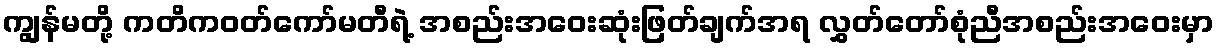
ကျွန်မတို့ ကတိကဝတ်ကော်မတီရဲ့ အစည်းအဝေးဆုံးဖြတ်ချက်အရ လွှတ်တော်စုံညီအစည်းအဝေးမှာ